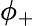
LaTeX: \phi_{+}